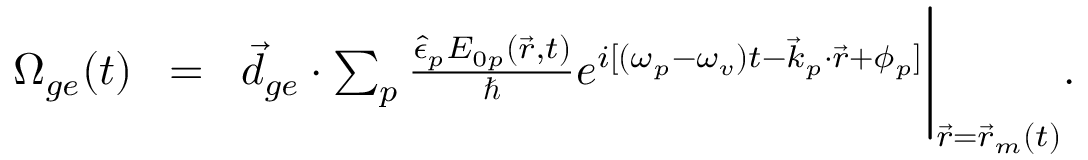
\begin{array} { r l r } { \Omega _ { g e } ( t ) \! } & { = } & { \! \vec { d } _ { g e } \cdot \sum _ { p } \frac { \hat { \epsilon } _ { p } E _ { 0 p } ( \vec { r } , t ) } { \hbar } e ^ { i [ ( \omega _ { p } - \omega _ { v } ) t - \vec { k } _ { p } \cdot \vec { r } + \phi _ { p } ] } \Bigg \rvert _ { \vec { r } = \vec { r } _ { m } ( t ) } . } \\ & { } & \end{array}